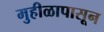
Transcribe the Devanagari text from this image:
मुहीळापासून